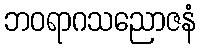
ဘဝရာဂသညောဇနံ